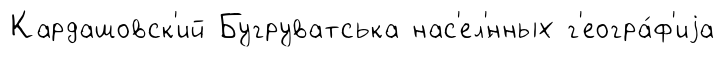
Кардашовск'ий Бугруватська нас'ел'́нных г'еогра́ф'иjа